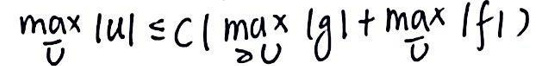
\(\max_{\Omega} |u| \leq C( \max_{\partial\Omega} |g| + \max_{\Omega} |f|)\)